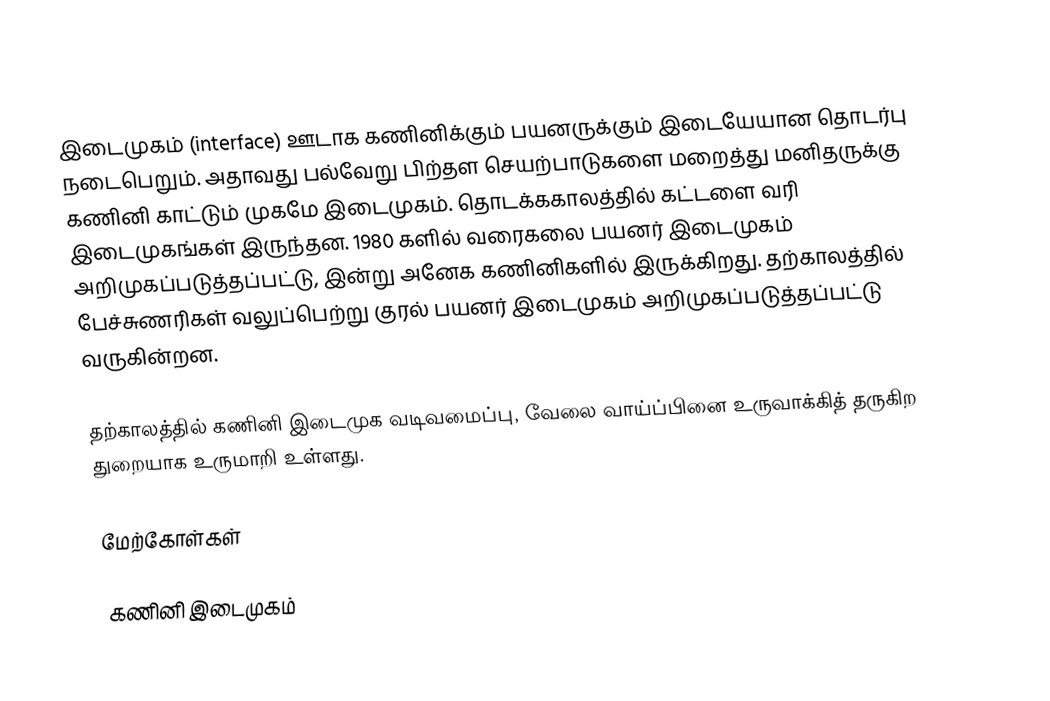
இடைமுகம் (interface) ஊடாக கணினிக்கும் பயனருக்கும் இடையேயான தொடர்பு நடைபெறும். அதாவது பல்வேறு பிற்தள செயற்பாடுகளை மறைத்து மனிதருக்கு கணினி காட்டும் முகமே இடைமுகம். தொடக்ககாலத்தில் கட்டளை வரி இடைமுகங்கள் இருந்தன. 1980 களில் வரைகலை பயனர் இடைமுகம் அறிமுகப்படுத்தப்பட்டு, இன்று அனேக கணினிகளில் இருக்கிறது. தற்காலத்தில் பேச்சுணரிகள் வலுப்பெற்று குரல் பயனர் இடைமுகம் அறிமுகப்படுத்தப்பட்டு வருகின்றன.

தற்காலத்தில் கணினி இடைமுக வடிவமைப்பு, வேலை வாய்ப்பினை உருவாக்கித் தருகிற துறையாக உருமாறி உள்ளது.

மேற்கோள்கள்

கணினி இடைமுகம்